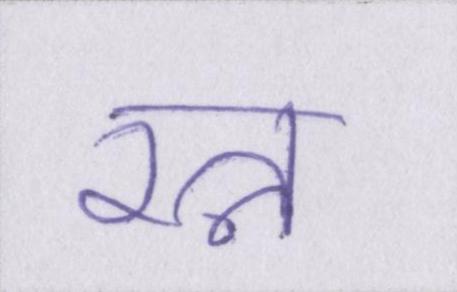
रत्न